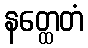
နတ္ထေတံ